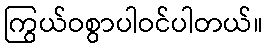
ကြွယ်ဝစွာပါဝင်ပါတယ်။